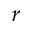
_ r